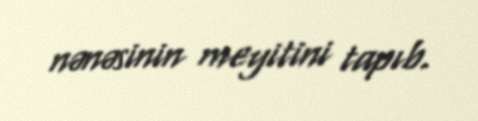
nənəsinin meyitini tapıb.